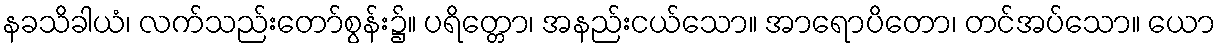
နခသိခါယံ၊ လက်သည်းတော်စွန်း၌။ ပရိတ္တော၊ အနည်းငယ်သော။ အာရောပိတော၊ တင်အပ်သော။ ယော